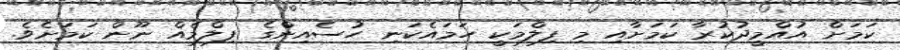
ކަމަށް އުއްމީދުކުރާ ކަމަށާއި މި ފިލްމަކީ ހަމައެކަނި ހުސެއިންގެ ފިލްމެއް ނޫން ކަމަށެވެ.